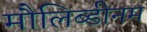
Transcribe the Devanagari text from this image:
मौलिब्डीनम